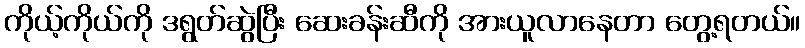
ကိုယ့်ကိုယ်ကို ဒရွတ်ဆွဲပြီး ဆေးခန်းဆီကို အားယူလာနေတာ တွေ့ရတယ်။